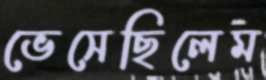
ভেসেছিলেম